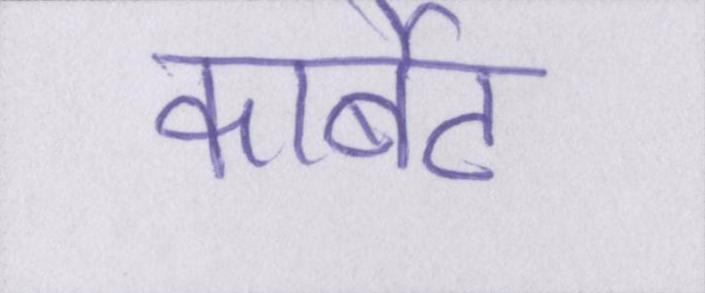
कार्बेट